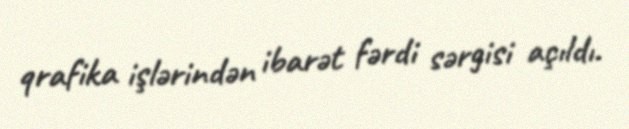
qrafika işlərindən ibarət fərdi sərgisi açıldı.